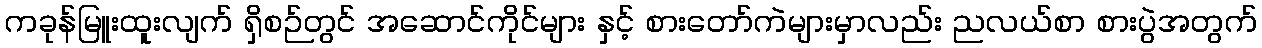
ကခုန်မြူးထူးလျက် ရှိစဉ်တွင် အဆောင်ကိုင်များ နှင့် စားတော်ကဲများမှာလည်း ညလယ်စာ စားပွဲအတွက်